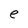
Character: e